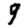
Digit: 9